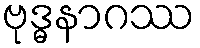
ဗုဒ္ဓနာဂဿ